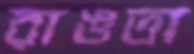
রাঙতা